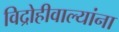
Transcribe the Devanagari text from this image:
विद्रोहीवाल्यांना